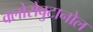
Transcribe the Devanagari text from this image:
क्लोरोबुटानोल